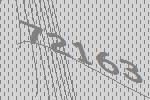
72163